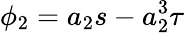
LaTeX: \phi_{2}=a_{2}s-a_{2}^{3}\tau